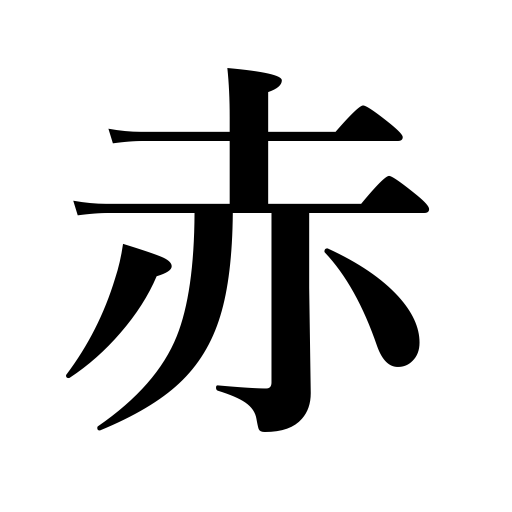
Meanings: become red,blush,Communist,scarlet,crimson,red,Red,redden